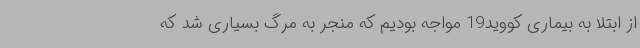
از ابتلا به بیماری کووید19 مواجه بودیم که منجر به مرگ بسیاری شد که